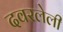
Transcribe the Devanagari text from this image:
दवरलेली